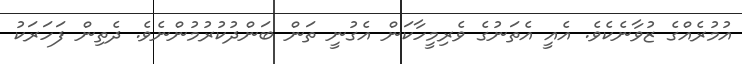
އުމުރެއްގެ ޒުވާނެކެވެ. އެއީ އެތަނުގެ ވެރިމީހާކަން އެގުނީ ތަން ބަންދުކުރުމުންނެވެ. ދެތިން ފަހަރަކު